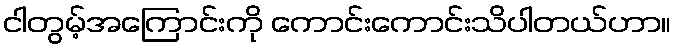
ငါတွမ့်အကြောင်းကို ကောင်းကောင်းသိပါတယ်ဟာ။